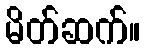
မိတ်ဆက်။